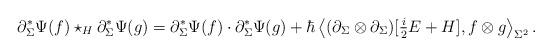
LaTeX: \begin{align*} \partial_\Sigma^* \Psi(f) \star_H \partial_\Sigma^* \Psi(g) = \partial_\Sigma^* \Psi(f) \cdot \partial_\Sigma^* \Psi(g) + \hbar \left\langle (\partial_\Sigma \otimes \partial_\Sigma)[\tfrac{i}{2}E + H], f \otimes g \right\rangle_{\Sigma^2}.\end{align*}